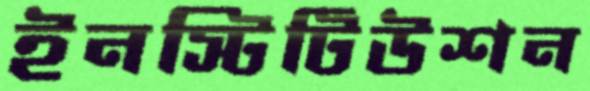
ইনস্টিটিউশন